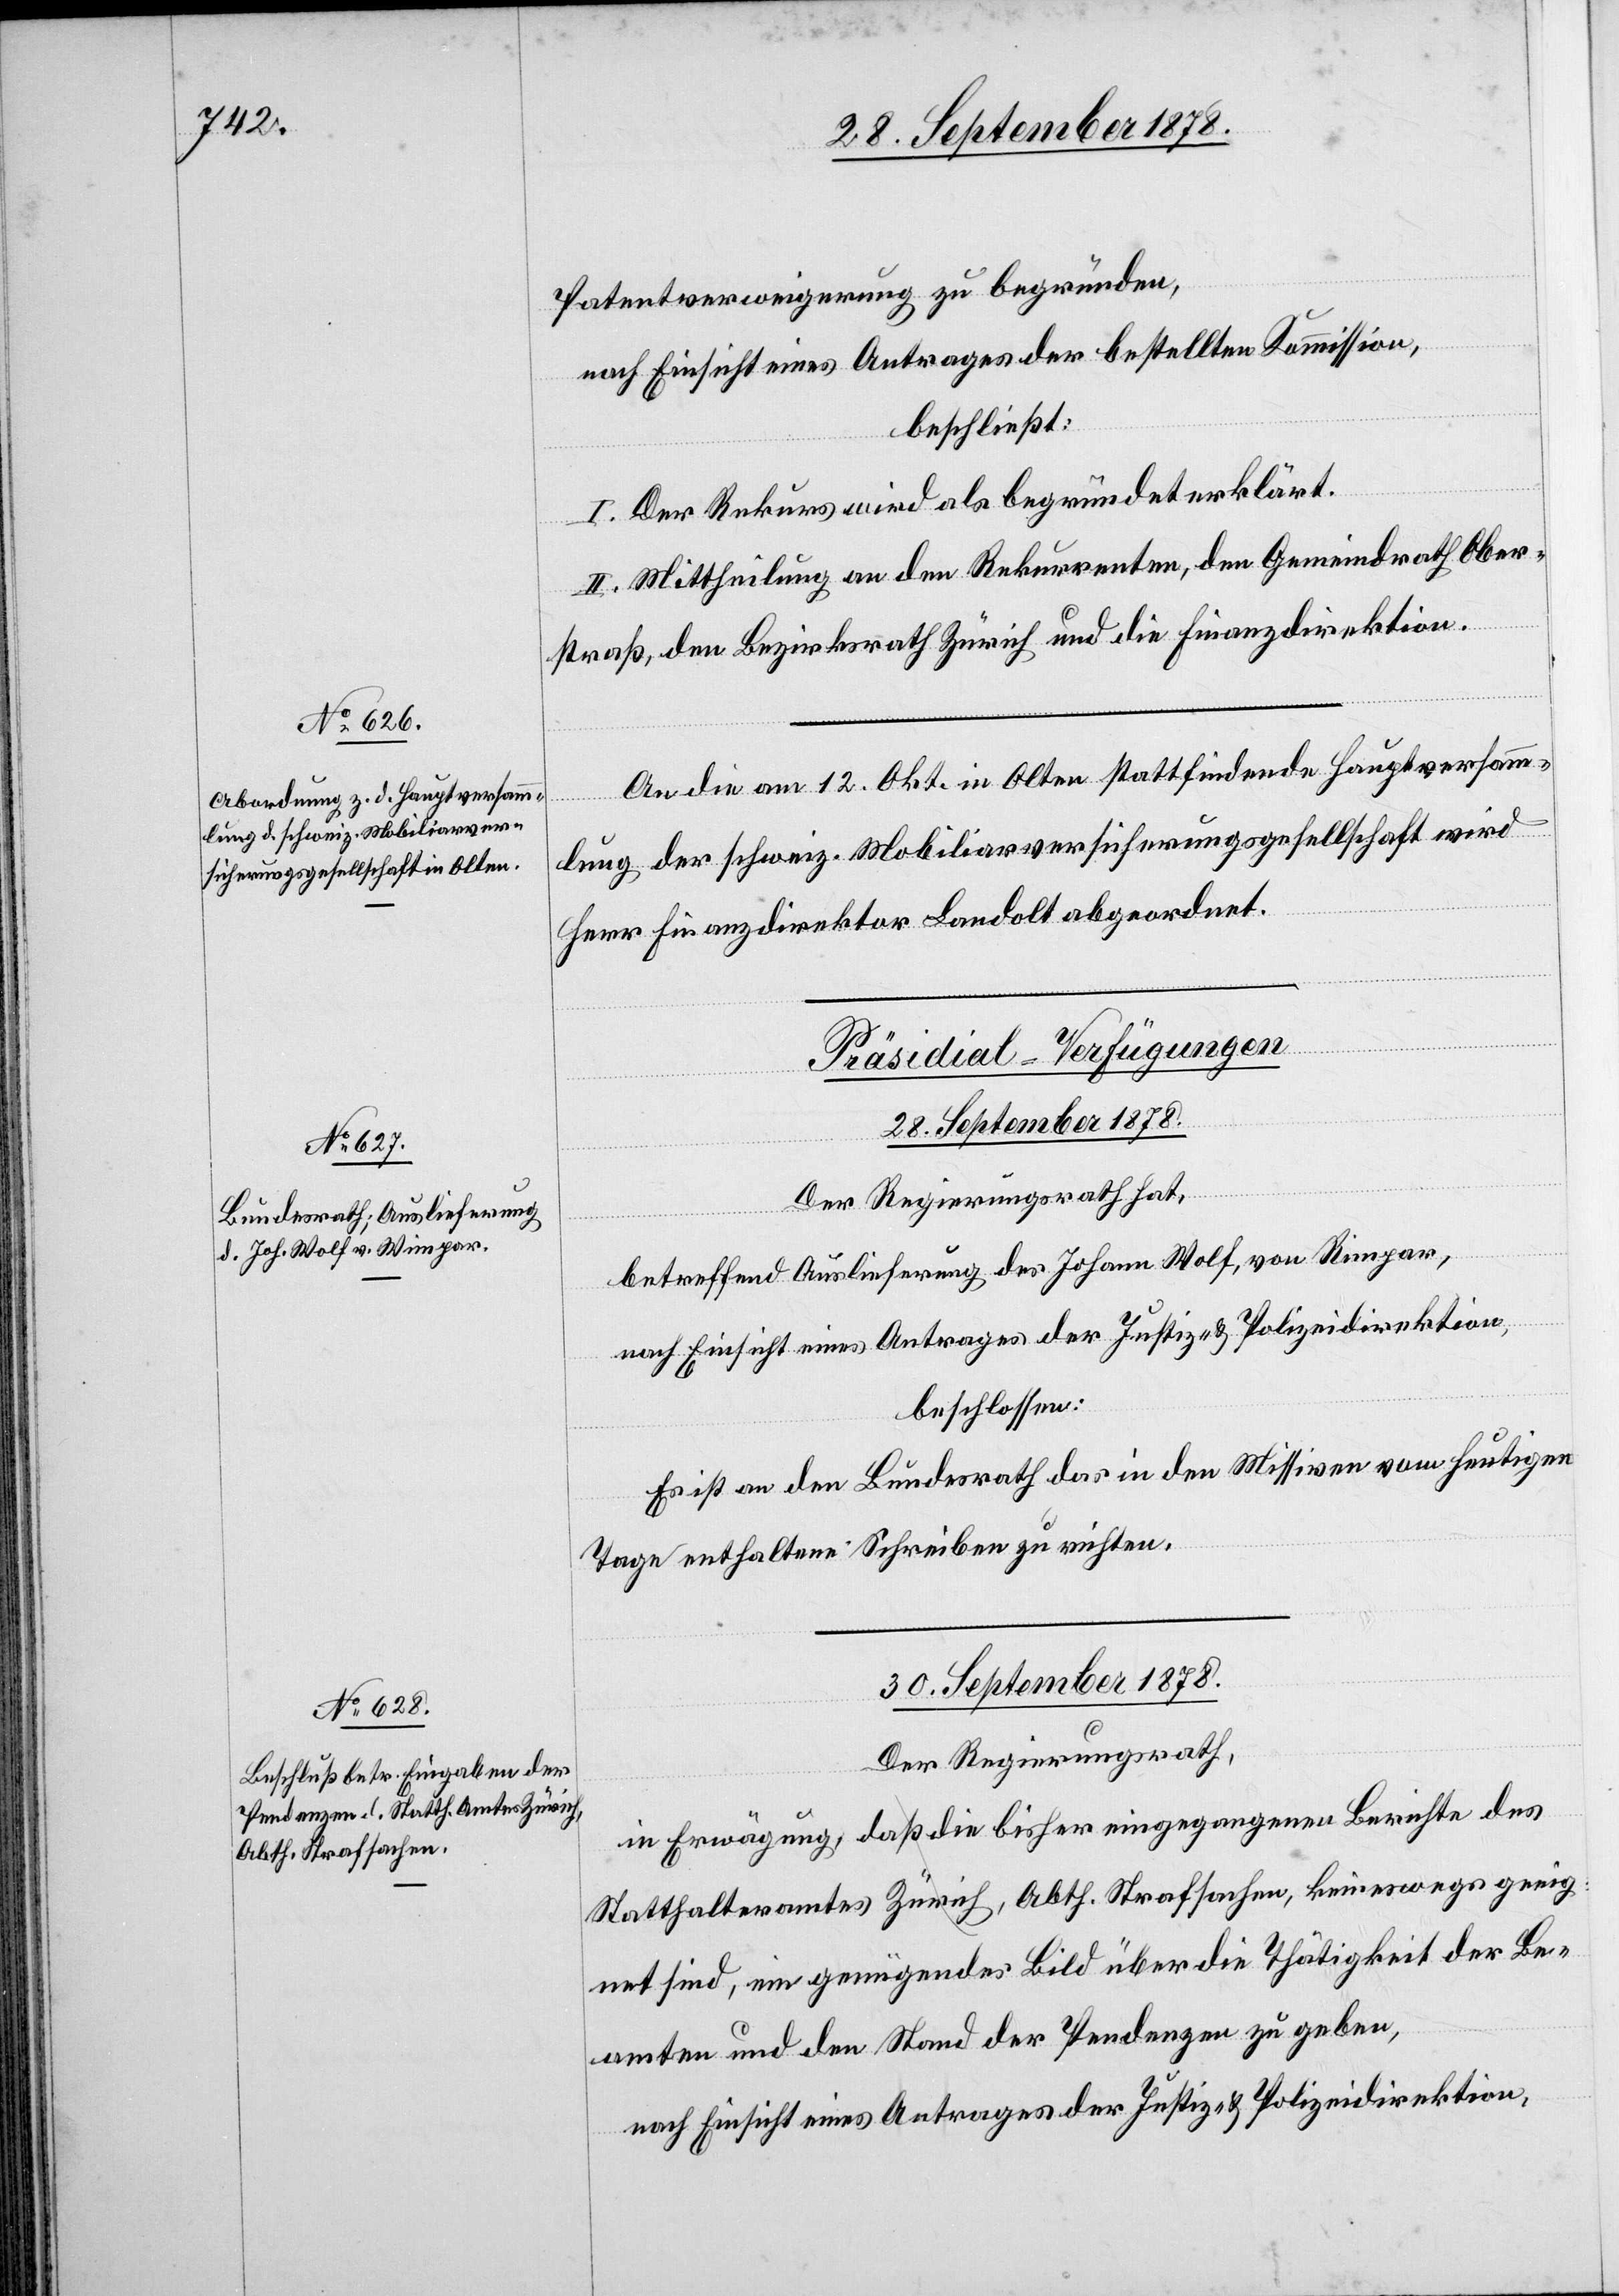
Patentverweigerung zu begründen,
nach Einsicht eines Antrages der bestellten Kommission,
beschließt:
I. Der Rekurs wird als begründet erklärt.
II. Mittheilung an den Rekurrenten, den Gemeindrath Ober¬
straß, den Bezirksrath Zürich und die Finanzdirektion.
An die am 12. Okt. in Olten stattfindende Hauptversamm¬
lung der schweiz. Mobiliarversicherungsgesellschaft wird
Herr Finanzdirektor Landolt abgeordnet.
[Präsidial-Verfügungen]
28. September 1878.
Der Regierungsrath hat,
betreffend Auslieferung des Johann Wolf, von Rimpar,
nach Einsicht eines Antrages der Justiz- & Polizeidirektion,
beschlossen:
Es ist an den Bundesrath das in den Missiven vom heutigen
Tage enthaltene Schreiben zu richten.
30. September 1878.
Der Regierungsrath,
in Erwägung, daß die bisher eingegangenen Berichte des
Statthalteramtes Zürich, Abth. Strafsachen, keineswegs geeig¬
net sind, ein genügendes Bild über die Thätigkeit der Be¬
amten und den Stand der Pendenzen zu geben,
nach Einsicht eines Antrages der Justiz- & Polizeidirektion,